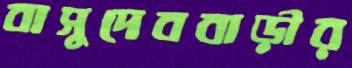
বাসুদেববাড়ীর